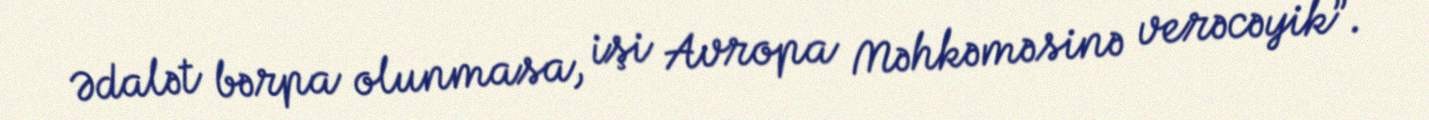
Ədalət bərpa olunmasa, işi Avropa Məhkəməsinə verəcəyik”.